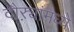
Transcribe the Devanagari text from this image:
दौऱ्यांमध्ये